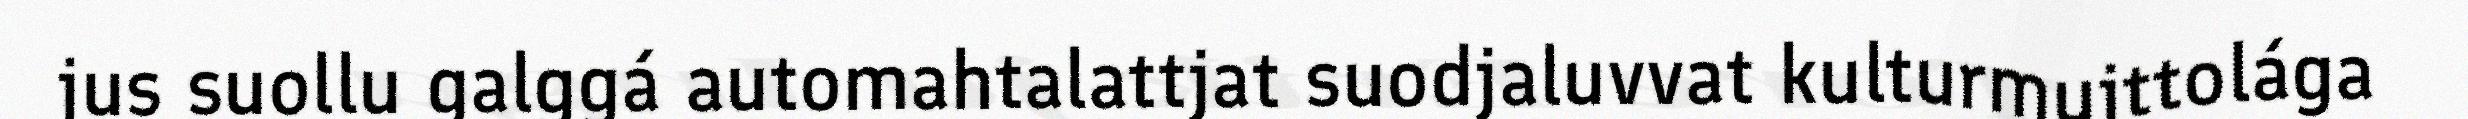
jus suollu galggá automahtalattjat suodjaluvvat kulturmujttolága